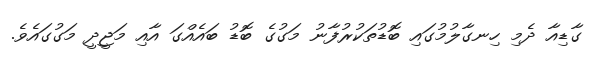
ގާޑިއާ ދެމި ހިނގާލުމުގައި ބޮޑުތަކުރުފާނު މަގުގެ ބޮޑު ބައެއްގަ އާއި މަޖީދީ މަގުގައެވެ.